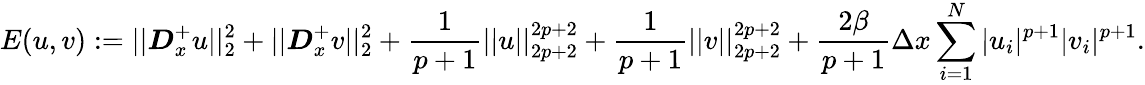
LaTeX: E(u,v):=||\boldsymbol{D}_{x}^{+}u||_{2}^{2}+||\boldsymbol{D}_{x}^{+}v||_{2}^{2}+\frac{1}{p+1}||u||_{2p+2}^{2p+2}+\frac{1}{p+1}||v||_{2p+2}^{2p+2}+\frac{2\beta}{p+1}\Delta x\sum_{i=1}^{N}|u_{i}|^{p+1}|v_{i}|^{p+1}.